Civil Veterinary Department. Central Provinces & Berar 1932-41 - 1932-1941
Year: 1932
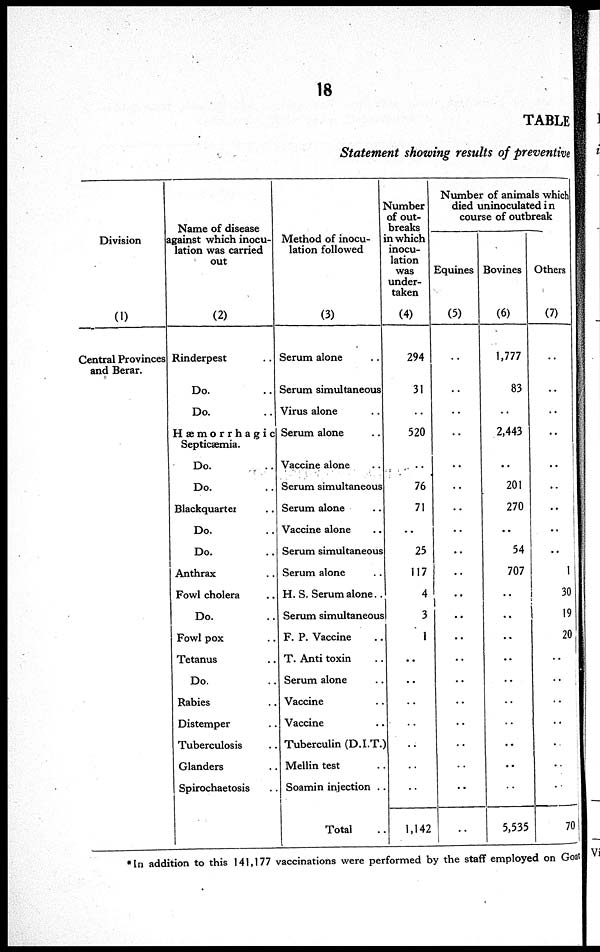
18
TABLE
Statement showing results of preventive
Division
(1)
Central Provinces
and Berar.
Name of disease
against which inocu-
lation was carried
out
(2)
Rinderpest ..
Do. ..
Do. ..
Hemorrhagic
Septicaemia.
Do. ..
Do. ..
Blackquarter
Do. ..
Do. ..
Anthrax ..
Fowl cholera ..
Do. ..
Fowl pox ..
Tetanus ..
Do. ..
Rabies ..
Distemper ..
Tuberculosis ..
Glanders ..
Spirochaetosis ..
Method of inocu-
lation followed
(3)
Serum alone
Serum simultaneous
Virus alone ..
Serum alone ..
Vaccine alone ..
Serum simultaneous
Scrum alone ..
Vaccine alone ..
Serum simultaneous
Serum alone ..
H. S. Serum alone..
Serum simultaneous
F. P. Vaccine ..
T. Anti toxin ..
Serum alone ..
Vaccine ..
Vaccine ..
Tuberculin (D.I.T.)
Mellin test ..
Soamin injection . .
Total ..
Number
of out-
breaks
in which
inocu-
lation
was
under-
taken
(4)
294
31
..
520
..
76
71
..
25
117
4
3
1
..
..
..
..
..
..
..
1,142
Number of animals which
died uninoculated in
course of outbreak
Equines
(5)
..
..
..
..
..
..
..
..
..
..
..
..
..
..
..
..
..
..
..
..
..
Bovines
(6)
1,777
83
..
2,443
..
201
270
..
54
707
..
..
..
..
..
..
..
..
..
1
5,535
Others
(7)
..
..
..
..
..
..
..
..
..
1
30
19
20
..
..
..
..
..
..
..
70
*In addition to this 141,177 vaccinations were performed by the staff employed on Goat